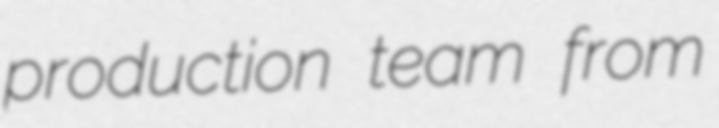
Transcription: production team from